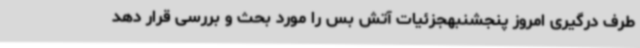
طرف درگیری امروز پنجشنبهجزئیات آتش بس را مورد بحث و بررسی قرار دهد